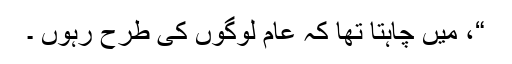
“، میں چاہتا تھا کہ عام لوگوں کی طرح رہوں ۔